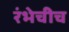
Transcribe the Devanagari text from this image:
रंभेचीच